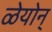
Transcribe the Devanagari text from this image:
ळेयोन्